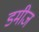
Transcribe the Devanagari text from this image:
डमीज